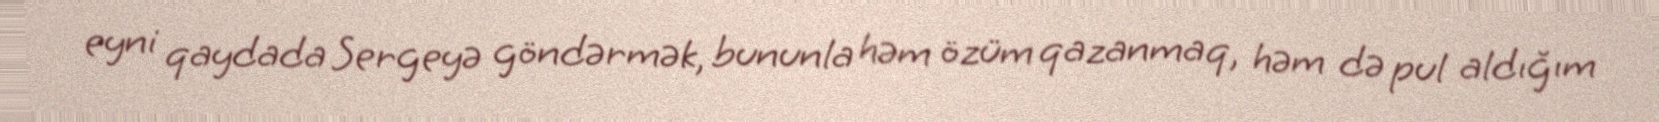
eyni qaydada Sergeyə göndərmək, bununla həm özüm qazanmaq, həm də pul aldığım